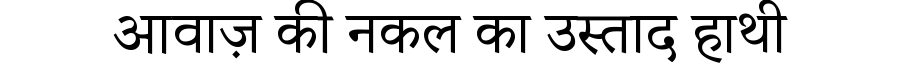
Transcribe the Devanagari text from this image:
आवाज़ की नकल का उस्ताद हाथी